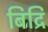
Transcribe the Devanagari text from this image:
बिद्रि